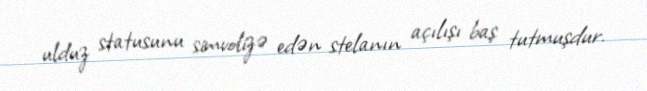
ulduz statusunu simvolizə edən stelanın açılışı baş tutmuşdur.